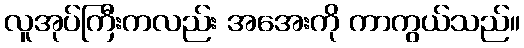
လူအုပ်ကြီးကလည်း အအေးကို ကာကွယ်သည်။